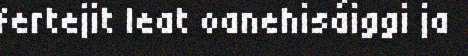
fertejit leat oanehisáiggi ja